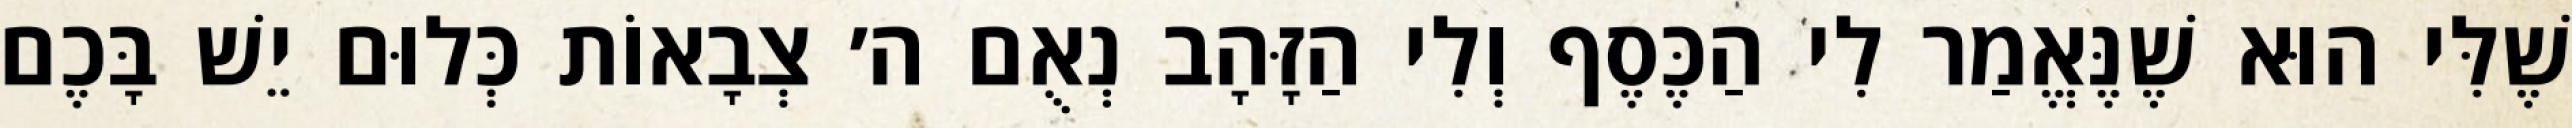
שֶׁלִּי הוּא שֶׁנֶּאֱמַר לִי הַכֶּסֶף וְלִי הַזָּהָב נְאֻם ה׳ צְבָאוֹת כְּלוּם יֵשׁ בָּכֶם